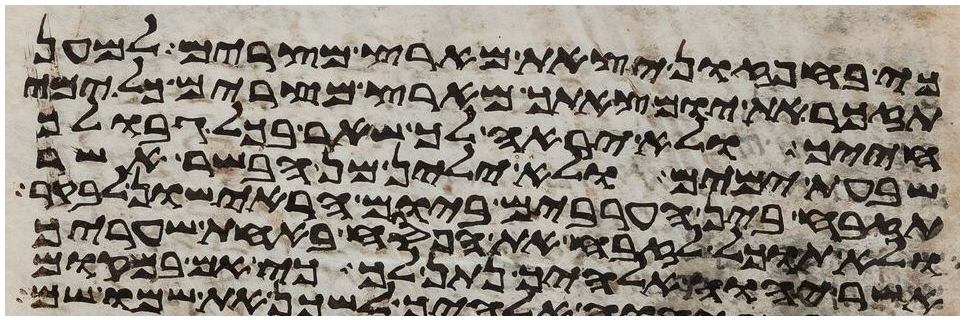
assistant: כי בחפזון יצאת מארץ מצרים למען
תזכר את יום צאתך מארץ מצרים כל ימי
חייך ולא יראה לך שאר בכל גבולך
שבעת ימים ולא ילין מן הבשר אשר
תזבח בין הערבים ביום הראישון לבקר
ולא תוכל לזבח את הפסח באחת שעריך
אשר יהוה אלהיך נתן לך כי אם במקום